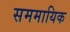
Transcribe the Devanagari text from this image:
सममायिक